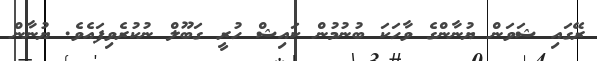
ރޭގައި ޝަވަން ޔުނާންގެ ވާހަކަ ބުނުމުން ކައިޝް ހުރީ ގަބޫލް ނުކުރެވިފައެވެ. ޔުނާން